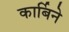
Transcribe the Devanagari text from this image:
कार्बिने